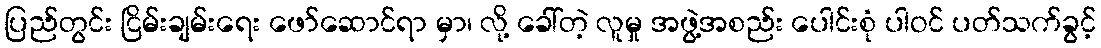
ပြည်တွင်း ငြိမ်းချမ်းရေး ဖော်ဆောင်ရာ မှာ၊ လို့ ခေါ်တဲ့ လူမှု အဖွဲ့အစည်း ပေါင်းစုံ ပါဝင် ပတ်သက်ခွင့်